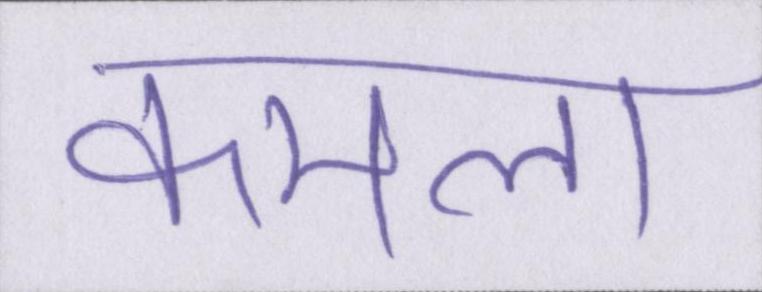
कमला